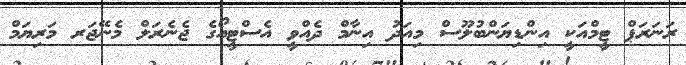
ރަނަރަޕް ޓީމްއަކީ އިންޑިޔަންބުލޫސް މިއަދު އިނާމް ދެއްވީ އެސްޓީއޯގެ ޖެނެރަލް މެނޭޖަރ މަރިޔަމް